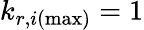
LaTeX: k_{r,i(\operatorname*{max})}=1